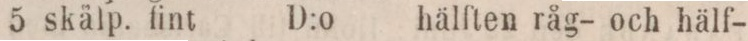
5 skålp. fint D:o hälften råg- och hälf-